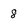
Character: 8